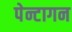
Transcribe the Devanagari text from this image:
पेन्टागन